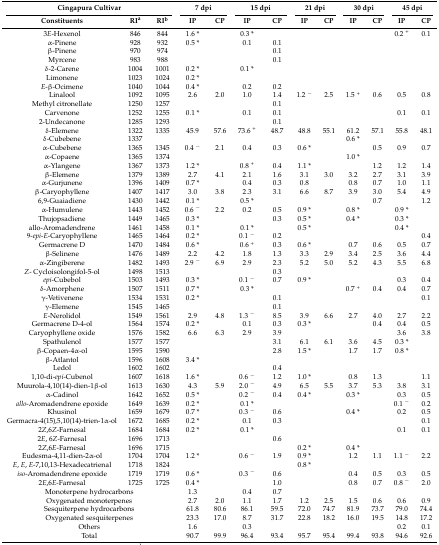
<table><thead><tr><td colspan="3"><b>Cingapura Cultivar</b></td><td colspan="2"><b>7 dpi</b></td><td colspan="2"><b>15 dpi</b></td><td colspan="2"><b>21 dpi</b></td><td colspan="2"><b>30 dpi</b></td><td colspan="2"><b>45 dpi</b></td></tr></thead><tbody><tr><td><b>Constituents</b></td><td><b>RI<sup>a</sup></b></td><td><b>RI<sup>b</sup></b></td><td><b>IP</b></td><td><b>CP</b></td><td><b>IP</b></td><td><b>CP</b></td><td><b>IP</b></td><td><b>CP</b></td><td><b>IP</b></td><td><b>CP</b></td><td><b>IP</b></td><td><b>CP</b></td></tr><tr><td>3<i>E</i>-Hexenol</td><td>846</td><td>844</td><td>1.6 *</td><td></td><td>0.3 *</td><td></td><td></td><td></td><td></td><td></td><td>0.2 <sup>+</sup></td><td>0.1</td></tr><tr><td>α-Pinene</td><td>928</td><td>932</td><td>0.5 *</td><td></td><td>0.1</td><td>0.1</td><td></td><td></td><td></td><td></td><td></td><td></td></tr><tr><td>β-Pinene</td><td>970</td><td>974</td><td></td><td></td><td></td><td>0.1</td><td></td><td></td><td></td><td></td><td></td><td></td></tr><tr><td>Myrcene</td><td>983</td><td>988</td><td></td><td></td><td></td><td>0.1</td><td></td><td></td><td></td><td></td><td></td><td></td></tr><tr><td>δ-2-Carene</td><td>1004</td><td>1001</td><td>0.2 *</td><td></td><td>0.1 *</td><td></td><td></td><td></td><td></td><td></td><td></td><td></td></tr><tr><td>Limonene</td><td>1023</td><td>1024</td><td>0.2 *</td><td></td><td></td><td></td><td></td><td></td><td></td><td></td><td></td><td></td></tr><tr><td><i>E</i>-β-Ocimene</td><td>1040</td><td>1044</td><td>0.4 *</td><td></td><td>0.2</td><td>0.2</td><td></td><td></td><td></td><td></td><td></td><td></td></tr><tr><td>Linalool</td><td>1092</td><td>1095</td><td>2.6</td><td>2.0</td><td>1.0</td><td>1.4</td><td>1.2 <sup>−</sup></td><td>2.5</td><td>1.5 <sup>+</sup></td><td>0.6</td><td>0.5</td><td>0.8</td></tr><tr><td>Methyl citronellate</td><td>1250</td><td>1257</td><td></td><td></td><td></td><td>0.1</td><td></td><td></td><td></td><td></td><td></td><td></td></tr><tr><td>Carvenone</td><td>1252</td><td>1255</td><td>0.1 *</td><td></td><td>0.1</td><td>0.1</td><td></td><td></td><td></td><td></td><td>0.1</td><td>0.1</td></tr><tr><td>2-Undecanone</td><td>1285</td><td>1293</td><td></td><td></td><td></td><td>0.1</td><td></td><td></td><td></td><td></td><td></td><td></td></tr><tr><td>δ-Elemene</td><td>1322</td><td>1335</td><td>45.9</td><td>57.6</td><td>73.6 <sup>+</sup></td><td>48.7</td><td>48.8</td><td>55.1</td><td>61.2</td><td>57.1</td><td>55.8</td><td>48.1</td></tr><tr><td>δ-Cubebene</td><td>1337</td><td></td><td></td><td></td><td></td><td></td><td></td><td></td><td>0.6 *</td><td></td><td></td><td></td></tr><tr><td>α-Cubebene</td><td>1365</td><td>1345</td><td>0.4 <sup>−</sup></td><td>2.1</td><td>0.4</td><td>0.3</td><td>0.6 *</td><td></td><td></td><td>0.5</td><td>0.9</td><td>0.7</td></tr><tr><td>α-Copaene</td><td>1365</td><td>1374</td><td></td><td></td><td></td><td></td><td></td><td></td><td>1.0 *</td><td></td><td></td><td></td></tr><tr><td>α-Ylangene</td><td>1367</td><td>1373</td><td>1.2 *</td><td></td><td>0.8 <sup>+</sup></td><td>0.4</td><td>1.1 *</td><td></td><td></td><td>1.2</td><td>1.2</td><td>1.4</td></tr><tr><td>β-Elemene</td><td>1379</td><td>1389</td><td>2.7</td><td>4.1</td><td>2.1</td><td>1.6</td><td>3.1</td><td>3.0</td><td>3.2</td><td>2.7</td><td>3.1</td><td>3.9</td></tr><tr><td>α-Gurjunene</td><td>1396</td><td>1409</td><td>0.7 *</td><td></td><td>0.4</td><td>0.3</td><td>0.8</td><td></td><td>0.8</td><td>0.7</td><td>1.0</td><td>1.1</td></tr><tr><td>β-Caryophyllene</td><td>1407</td><td>1417</td><td>3.0</td><td>3.8</td><td>2.3</td><td>3.1</td><td>6.6</td><td>8.7</td><td>3.9</td><td>3.0</td><td>5.4</td><td>4.9</td></tr><tr><td>6,9-Guaiadiene</td><td>1430</td><td>1442</td><td>0.1 *</td><td></td><td>0.5 *</td><td></td><td></td><td></td><td></td><td>0.7</td><td></td><td>1.2</td></tr><tr><td>α-Humulene</td><td>1443</td><td>1452</td><td>0.6 <sup>−</sup></td><td>2.2</td><td>0.2</td><td>0.5</td><td>0.9 *</td><td></td><td>0.8 *</td><td></td><td>0.9 *</td><td></td></tr><tr><td>Thujopsadiene</td><td>1449</td><td>1465</td><td>0.3 *</td><td></td><td></td><td>0.3</td><td>0.5 *</td><td></td><td>0.4 *</td><td></td><td>0.3 *</td><td></td></tr><tr><td>allo-Aromadendrene</td><td>1461</td><td>1458</td><td>0.1 *</td><td></td><td>0.1 *</td><td></td><td>0.5 *</td><td></td><td></td><td></td><td>0.4 *</td><td></td></tr><tr><td>9-<i>epi</i>-<i>E</i>-Caryophyllene</td><td>1465</td><td>1464</td><td>0.2 *</td><td></td><td>0.1 <sup>−</sup></td><td>0.2</td><td></td><td></td><td></td><td></td><td></td><td>0.4</td></tr><tr><td>Germacrene D</td><td>1470</td><td>1484</td><td>0.6 *</td><td></td><td>0.6 <sup>+</sup></td><td>0.3</td><td>0.6 *</td><td></td><td>0.7</td><td>0.6</td><td>0.5</td><td>0.7</td></tr><tr><td>β-Selinene</td><td>1476</td><td>1489</td><td>2.2</td><td>4.2</td><td>1.8</td><td>1.3</td><td>3.3</td><td>2.9</td><td>3.4</td><td>2.5</td><td>3.6</td><td>4.4</td></tr><tr><td>α-Zingiberene</td><td>1482</td><td>1493</td><td>2.9 <sup>−</sup></td><td>6.9</td><td>2.9</td><td>2.3</td><td>5.2</td><td>5.0</td><td>5.2</td><td>4.3</td><td>5.5</td><td>6.8</td></tr><tr><td><i>Z</i>- Cycloisolongifol-5-ol</td><td>1498</td><td>1513</td><td></td><td></td><td></td><td>0.3</td><td></td><td></td><td></td><td></td><td></td><td></td></tr><tr><td><i>epi</i>-Cubebol</td><td>1503</td><td>1493</td><td>0.3 *</td><td></td><td>0.1 <sup>−</sup></td><td>0.7</td><td>0.9 *</td><td></td><td></td><td></td><td>0.3</td><td>0.4</td></tr><tr><td>δ-Amorphene</td><td>1507</td><td>1511</td><td>0.7 *</td><td></td><td>0.3 *</td><td></td><td></td><td></td><td>0.7 <sup>+</sup></td><td>0.4</td><td>0.4</td><td>0.7</td></tr><tr><td>γ-Vetivenene</td><td>1534</td><td>1531</td><td>0.2 *</td><td></td><td></td><td>0.1</td><td></td><td></td><td></td><td></td><td></td><td>0.1</td></tr><tr><td>γ-Elemene</td><td>1545</td><td>1465</td><td></td><td></td><td></td><td>0.1</td><td></td><td></td><td></td><td></td><td></td><td></td></tr><tr><td><i>E</i>-Nerolidol</td><td>1549</td><td>1561</td><td>2.9</td><td>4.8</td><td>1.3 <sup>−</sup></td><td>8.5</td><td>3.9</td><td>6.6</td><td>2.7</td><td>4.0</td><td>2.7</td><td>2.2</td></tr><tr><td>Germacrene D-4-ol</td><td>1564</td><td>1574</td><td>0.2 *</td><td></td><td>0.1</td><td>0.3</td><td>0.3 *</td><td></td><td></td><td>0.4</td><td>0.4</td><td>0.5</td></tr><tr><td>Caryophyllene oxide</td><td>1576</td><td>1582</td><td>6.6</td><td>6.3</td><td>2.9</td><td>3.9</td><td></td><td></td><td></td><td></td><td>3.6</td><td>3.8</td></tr><tr><td>Spathulenol</td><td>1577</td><td>1577</td><td></td><td></td><td></td><td>3.1</td><td>6.1</td><td>6.1</td><td>3.6</td><td>4.5</td><td>0.3 *</td><td></td></tr><tr><td>β-Copaen-4α-ol</td><td>1595</td><td>1590</td><td></td><td></td><td></td><td>2.8</td><td>1.5 *</td><td></td><td>1.7</td><td>1.7</td><td>0.8 *</td><td></td></tr><tr><td>β-Atlantol</td><td>1596</td><td>1608</td><td>3.4 *</td><td></td><td></td><td></td><td></td><td></td><td></td><td></td><td></td><td></td></tr><tr><td>Ledol</td><td>1602</td><td>1602</td><td></td><td></td><td></td><td>0.4</td><td></td><td></td><td></td><td></td><td></td><td></td></tr><tr><td>1,10-di-<i>epi</i>-Cubenol</td><td>1607</td><td>1618</td><td>1.6 *</td><td></td><td>0.6 <sup>−</sup></td><td>1.2</td><td>1.0 *</td><td></td><td>0.8</td><td>1.3</td><td></td><td>1.1</td></tr><tr><td>Muurola-4,10(14)-dien-1β-ol</td><td>1613</td><td>1630</td><td>4.3</td><td>5.9</td><td>2.0 <sup>−</sup></td><td>4.9</td><td>6.5</td><td>5.5</td><td>3.7</td><td>5.3</td><td>3.8</td><td>3.1</td></tr><tr><td>α-Cadinol</td><td>1642</td><td>1652</td><td>0.5 *</td><td></td><td>0.2 <sup>−</sup></td><td>0.4</td><td>0.4 *</td><td></td><td>0.3 *</td><td></td><td>0.3</td><td>0.5</td></tr><tr><td><i>allo</i>-Aromadendrene epoxide</td><td>1649</td><td>1639</td><td>0.2 *</td><td></td><td>0.1 *</td><td></td><td></td><td></td><td></td><td></td><td>0.1 <sup>−</sup></td><td>0.2</td></tr><tr><td>Khusinol</td><td>1659</td><td>1679</td><td>0.7 *</td><td></td><td>0.3 <sup>−</sup></td><td>0.6</td><td></td><td></td><td>0.4 *</td><td></td><td>0.2</td><td>0.5</td></tr><tr><td>Germacra-4(15),5,10(14)-trien-1α-ol</td><td>1672</td><td>1685</td><td>0.2 *</td><td></td><td>0.1</td><td>0.3</td><td></td><td></td><td></td><td></td><td></td><td>0.1</td></tr><tr><td>2<i>Z</i>,6<i>Z</i>-Farnesal</td><td>1684</td><td>1684</td><td>0.2 *</td><td></td><td>0.1 *</td><td></td><td></td><td></td><td></td><td></td><td>0.1</td><td>0.1</td></tr><tr><td>2<i>E</i>, 6<i>Z</i>-Farnesal</td><td>1696</td><td>1713</td><td></td><td></td><td></td><td>0.6</td><td></td><td></td><td></td><td></td><td></td><td></td></tr><tr><td>2<i>Z</i>,6<i>E</i>-Farnesal</td><td>1696</td><td>1715</td><td></td><td></td><td></td><td></td><td>0.2 *</td><td></td><td>0.4 *</td><td></td><td></td><td></td></tr><tr><td>Eudesma-4,11-dien-2α-ol</td><td>1704</td><td>1704</td><td>1.2 *</td><td></td><td>0.6 <sup>−</sup></td><td>1.9</td><td>0.9 *</td><td></td><td>1.2</td><td>1.1</td><td>1.1 <sup>−</sup></td><td>2.2</td></tr><tr><td><i>E</i>, <i>E</i>, <i>E</i>-7,10,13-Hexadecatrienal</td><td>1718</td><td>1824</td><td></td><td></td><td></td><td></td><td>0.8 *</td><td></td><td></td><td></td><td></td><td></td></tr><tr><td><i>iso</i>-Aromadendrene epoxide</td><td>1719</td><td>1719</td><td>0.6 *</td><td></td><td>0.3 <sup>−</sup></td><td>0.6</td><td></td><td></td><td>0.4</td><td>0.5</td><td>0.3</td><td>0.5</td></tr><tr><td>2<i>E</i>,6<i>E</i>-Farnesal</td><td>1725</td><td>1725</td><td>0.4 *</td><td></td><td></td><td>1.0</td><td></td><td></td><td>0.8</td><td>0.7</td><td>0.8 <sup>−</sup></td><td>2.0</td></tr><tr><td colspan="3">Monoterpene hydrocarbons</td><td>1.3</td><td></td><td>0.4</td><td>0.7</td><td></td><td></td><td></td><td></td><td></td><td></td></tr><tr><td colspan="3">Oxygenated monoterpenes</td><td>2.7</td><td>2.0</td><td>1.1</td><td>1.7</td><td>1.2</td><td>2.5</td><td>1.5</td><td>0.6</td><td>0.6</td><td>0.9</td></tr><tr><td colspan="3">Sesquiterpene hydrocarbons</td><td>61.8</td><td>80.6</td><td>86.1</td><td>59.5</td><td>72.0</td><td>74.7</td><td>81.9</td><td>73.7</td><td>79.0</td><td>74.4</td></tr><tr><td colspan="3">Oxygenated sesquiterpenes</td><td>23.3</td><td>17.0</td><td>8.7</td><td>31.7</td><td>22.8</td><td>18.2</td><td>16.0</td><td>19.5</td><td>14.8</td><td>17.2</td></tr><tr><td colspan="3">Others</td><td>1.6</td><td></td><td>0.3</td><td></td><td></td><td></td><td></td><td></td><td>0.2</td><td>0.1</td></tr><tr><td colspan="3">Total</td><td>90.7</td><td>99.9</td><td>96.4</td><td>93.4</td><td>95.7</td><td>95.4</td><td>99.4</td><td>93.8</td><td>94.6</td><td>92.6</td></tr></tbody></table>